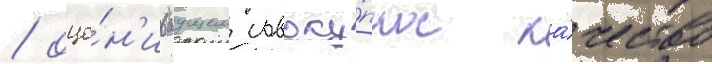
/ оце́н'иваущем совоку́пное ка́чество